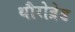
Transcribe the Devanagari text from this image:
थौरोब्रेड